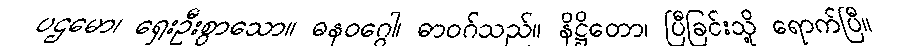
ပဌမော၊ ရှေးဦးစွာသော။ ဓနဝဂ္ဂေါ၊ ဓာဝဂ်သည်။ နိဋ္ဌိတော၊ ပြီခြင်းသို့ ရောက်ပြီ။